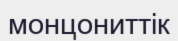
монцониттік